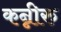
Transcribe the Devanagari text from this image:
कन्नीरु